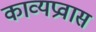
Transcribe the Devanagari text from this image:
काव्यप्रवास